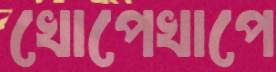
খোপেখাপে